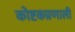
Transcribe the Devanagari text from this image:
कोष्टकप्रणाली